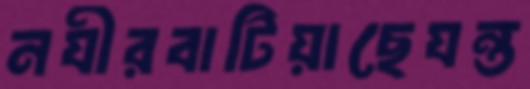
নযীরবাটিয়াছেযন্ত